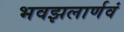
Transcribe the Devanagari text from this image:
भवझलार्णवं